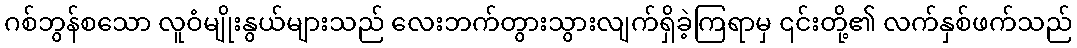
ဂစ်ဘွန်စသော လူဝံမျိုးနွယ်များသည် လေးဘက်တွားသွားလျက်ရှိခဲ့ကြရာမှ ၎င်းတို့၏ လက်နှစ်ဖက်သည်